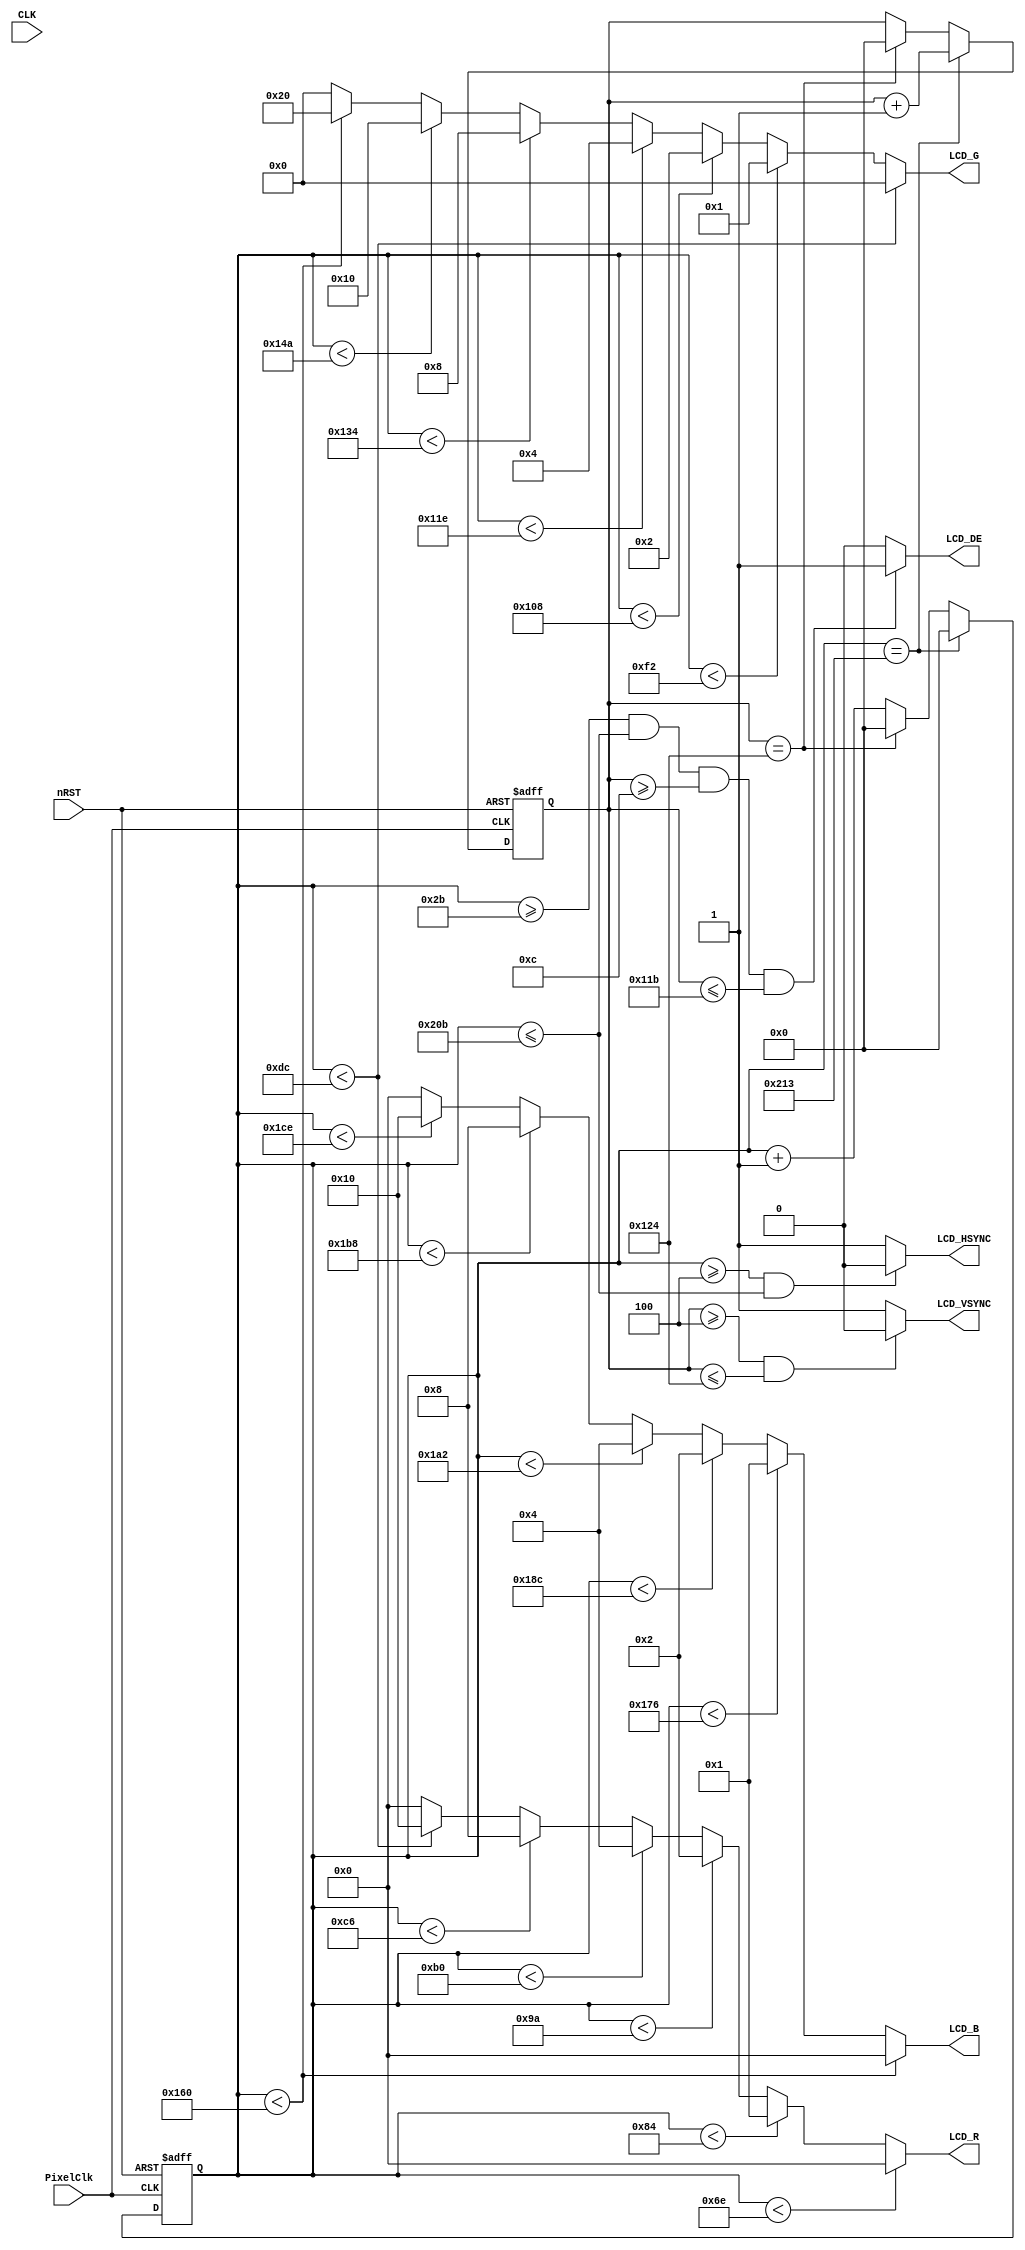
module VGAMod
(
    input                   CLK,
    input                   nRST,

    input                   PixelClk,

    output                  LCD_DE,
    output                  LCD_HSYNC,
    output                  LCD_VSYNC,

	output          [4:0]   LCD_B,
	output          [5:0]   LCD_G,
	output          [4:0]   LCD_R
);

    reg         [15:0]  PixelCount;
    reg         [15:0]  LineCount;

	//pulse include in back pulse; t=pulse, sync act; t=bp, data act; t=bp+height, data end
	
	/* 480x272 4.3" LCD with SC7283 driver, pixel freq = 9MHz */
	localparam      V_BackPorch = 16'd12;
	localparam      V_Pulse 	= 16'd4;
	localparam      HightPixel  = 16'd272;
	localparam      V_FrontPorch= 16'd8;

	localparam      H_BackPorch = 16'd43;
	localparam      H_Pulse 	= 16'd4;
	localparam      WidthPixel  = 16'd480;
	localparam      H_FrontPorch= 16'd8;

	/*localparam      V_BackPorch = 16'd12; 
	localparam      V_Pulse 	= 16'd11; 
	localparam      HightPixel  = 16'd272;
	localparam      V_FrontPorch= 16'd8; 
	
	localparam      H_BackPorch = 16'd50; 
	localparam      H_Pulse 	= 16'd10; 
	localparam      WidthPixel  = 16'd480;
	localparam      H_FrontPorch= 16'd8;    */
/*
	localparam      V_BackPorch = 16'd0; //6
	localparam      V_Pulse 	= 16'd5; 
	localparam      HightPixel  = 16'd480;
	localparam      V_FrontPorch= 16'd45; //62

	localparam      H_BackPorch = 16'd182; 	//NOTE: K210
	localparam      H_Pulse 	= 16'd1; 
	localparam      WidthPixel  = 16'd800;
	localparam      H_FrontPorch= 16'd210;
*/	

    localparam      PixelForHS  =   WidthPixel + H_BackPorch + H_FrontPorch;  	
    localparam      LineForVS   =   HightPixel + V_BackPorch + V_FrontPorch;

    always @(  posedge PixelClk or negedge nRST  )begin
        if( !nRST ) begin
            LineCount       <=  16'b0;    
            PixelCount      <=  16'b0;
            end
        else if(  PixelCount  ==  PixelForHS ) begin
            PixelCount      <=  16'b0;
            LineCount       <=  LineCount + 1'b1;
            end
        else if(  LineCount  == LineForVS  ) begin
            LineCount       <=  16'b0;
            PixelCount      <=  16'b0;
            end
        else begin
            PixelCount       <=  PixelCount + 1'b1;
        end
    end

	reg			[9:0]  Data_R;
	reg			[9:0]  Data_G;
	reg			[9:0]  Data_B;

    always @(  posedge PixelClk or negedge nRST  )begin
        if( !nRST ) begin
			Data_R <= 9'b0;
			Data_G <= 9'b0;
			Data_B <= 9'b0;
            end
        else begin
			end
	end

	//HSYNCVSYNC
    assign  LCD_HSYNC = (( PixelCount >= H_Pulse)&&( PixelCount <= (PixelForHS-H_FrontPorch))) ? 1'b0 : 1'b1;
    //assign  LCD_VSYNC = ((( LineCount  >= 0 )&&( LineCount  <= (V_Pulse-1) )) ) ? 1'b1 : 1'b0;		//
	assign  LCD_VSYNC = ((( LineCount  >= V_Pulse )&&( LineCount  <= (LineForVS-0) )) ) ? 1'b0 : 1'b1;
    //assign  FIFO_RST  = (( PixelCount ==0)) ? 1'b1 : 1'b0;  //H_BackPorch

    assign  LCD_DE = (  ( PixelCount >= H_BackPorch )&&
                        ( PixelCount <= PixelForHS-H_FrontPorch ) &&
                        ( LineCount >= V_BackPorch ) &&
                        ( LineCount <= LineForVS-V_FrontPorch-1 ))  ? 1'b1 : 1'b0;
						//

    assign  LCD_R   =   (PixelCount<110)? 5'b00000 : 
                        (PixelCount<132 ? 5'b00001 :    
                        (PixelCount<154 ? 5'b00010 :    
                        (PixelCount<176 ? 5'b00100 :    
                        (PixelCount<198 ? 5'b01000 :    
                        (PixelCount<220 ? 5'b10000 :  5'b00000 )))));

    assign  LCD_G   =   (PixelCount<220)? 6'b000000 : 
                        (PixelCount<242 ? 6'b000001 :    
                        (PixelCount<264 ? 6'b000010 :    
                        (PixelCount<286 ? 6'b000100 :    
                        (PixelCount<308 ? 6'b001000 :    
                        (PixelCount<330 ? 6'b010000 :  
                        (PixelCount<352 ? 6'b100000 : 6'b000000 ))))));

    assign  LCD_B   =   (PixelCount<352)? 5'b00000 : 
                        (PixelCount<374 ? 5'b00001 :    
                        (PixelCount<396 ? 5'b00010 :    
                        (PixelCount<418 ? 5'b00100 :    
                        (PixelCount<440 ? 5'b01000 :    
                        (PixelCount<462 ? 5'b10000 :  5'b00000 )))));

endmodule